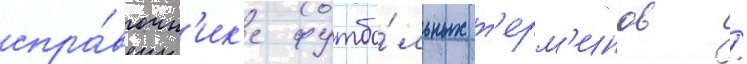
спра́вочн'ик'е футбо́льных т'ерм'инов /